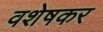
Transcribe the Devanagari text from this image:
वशेषकर